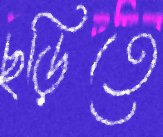
ছড়িতে